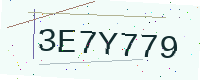
Text: 3E7Y779